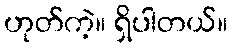
ဟုတ်ကဲ့။ ရှိပါတယ်။